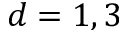
d = 1 , 3